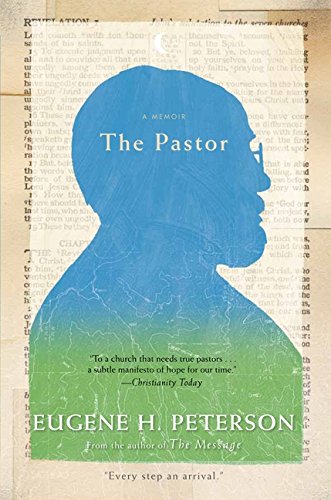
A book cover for The Pastor: A Memoir; Eugene H. Peterson; Christian Books & Bibles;